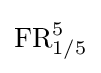
\operatorname {FR} _{1/5}^{5}